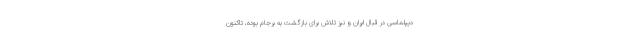
دیپلماسی در قبال ایران و نیز تلاش برای بازگشت به برجام بوده، تاکنون